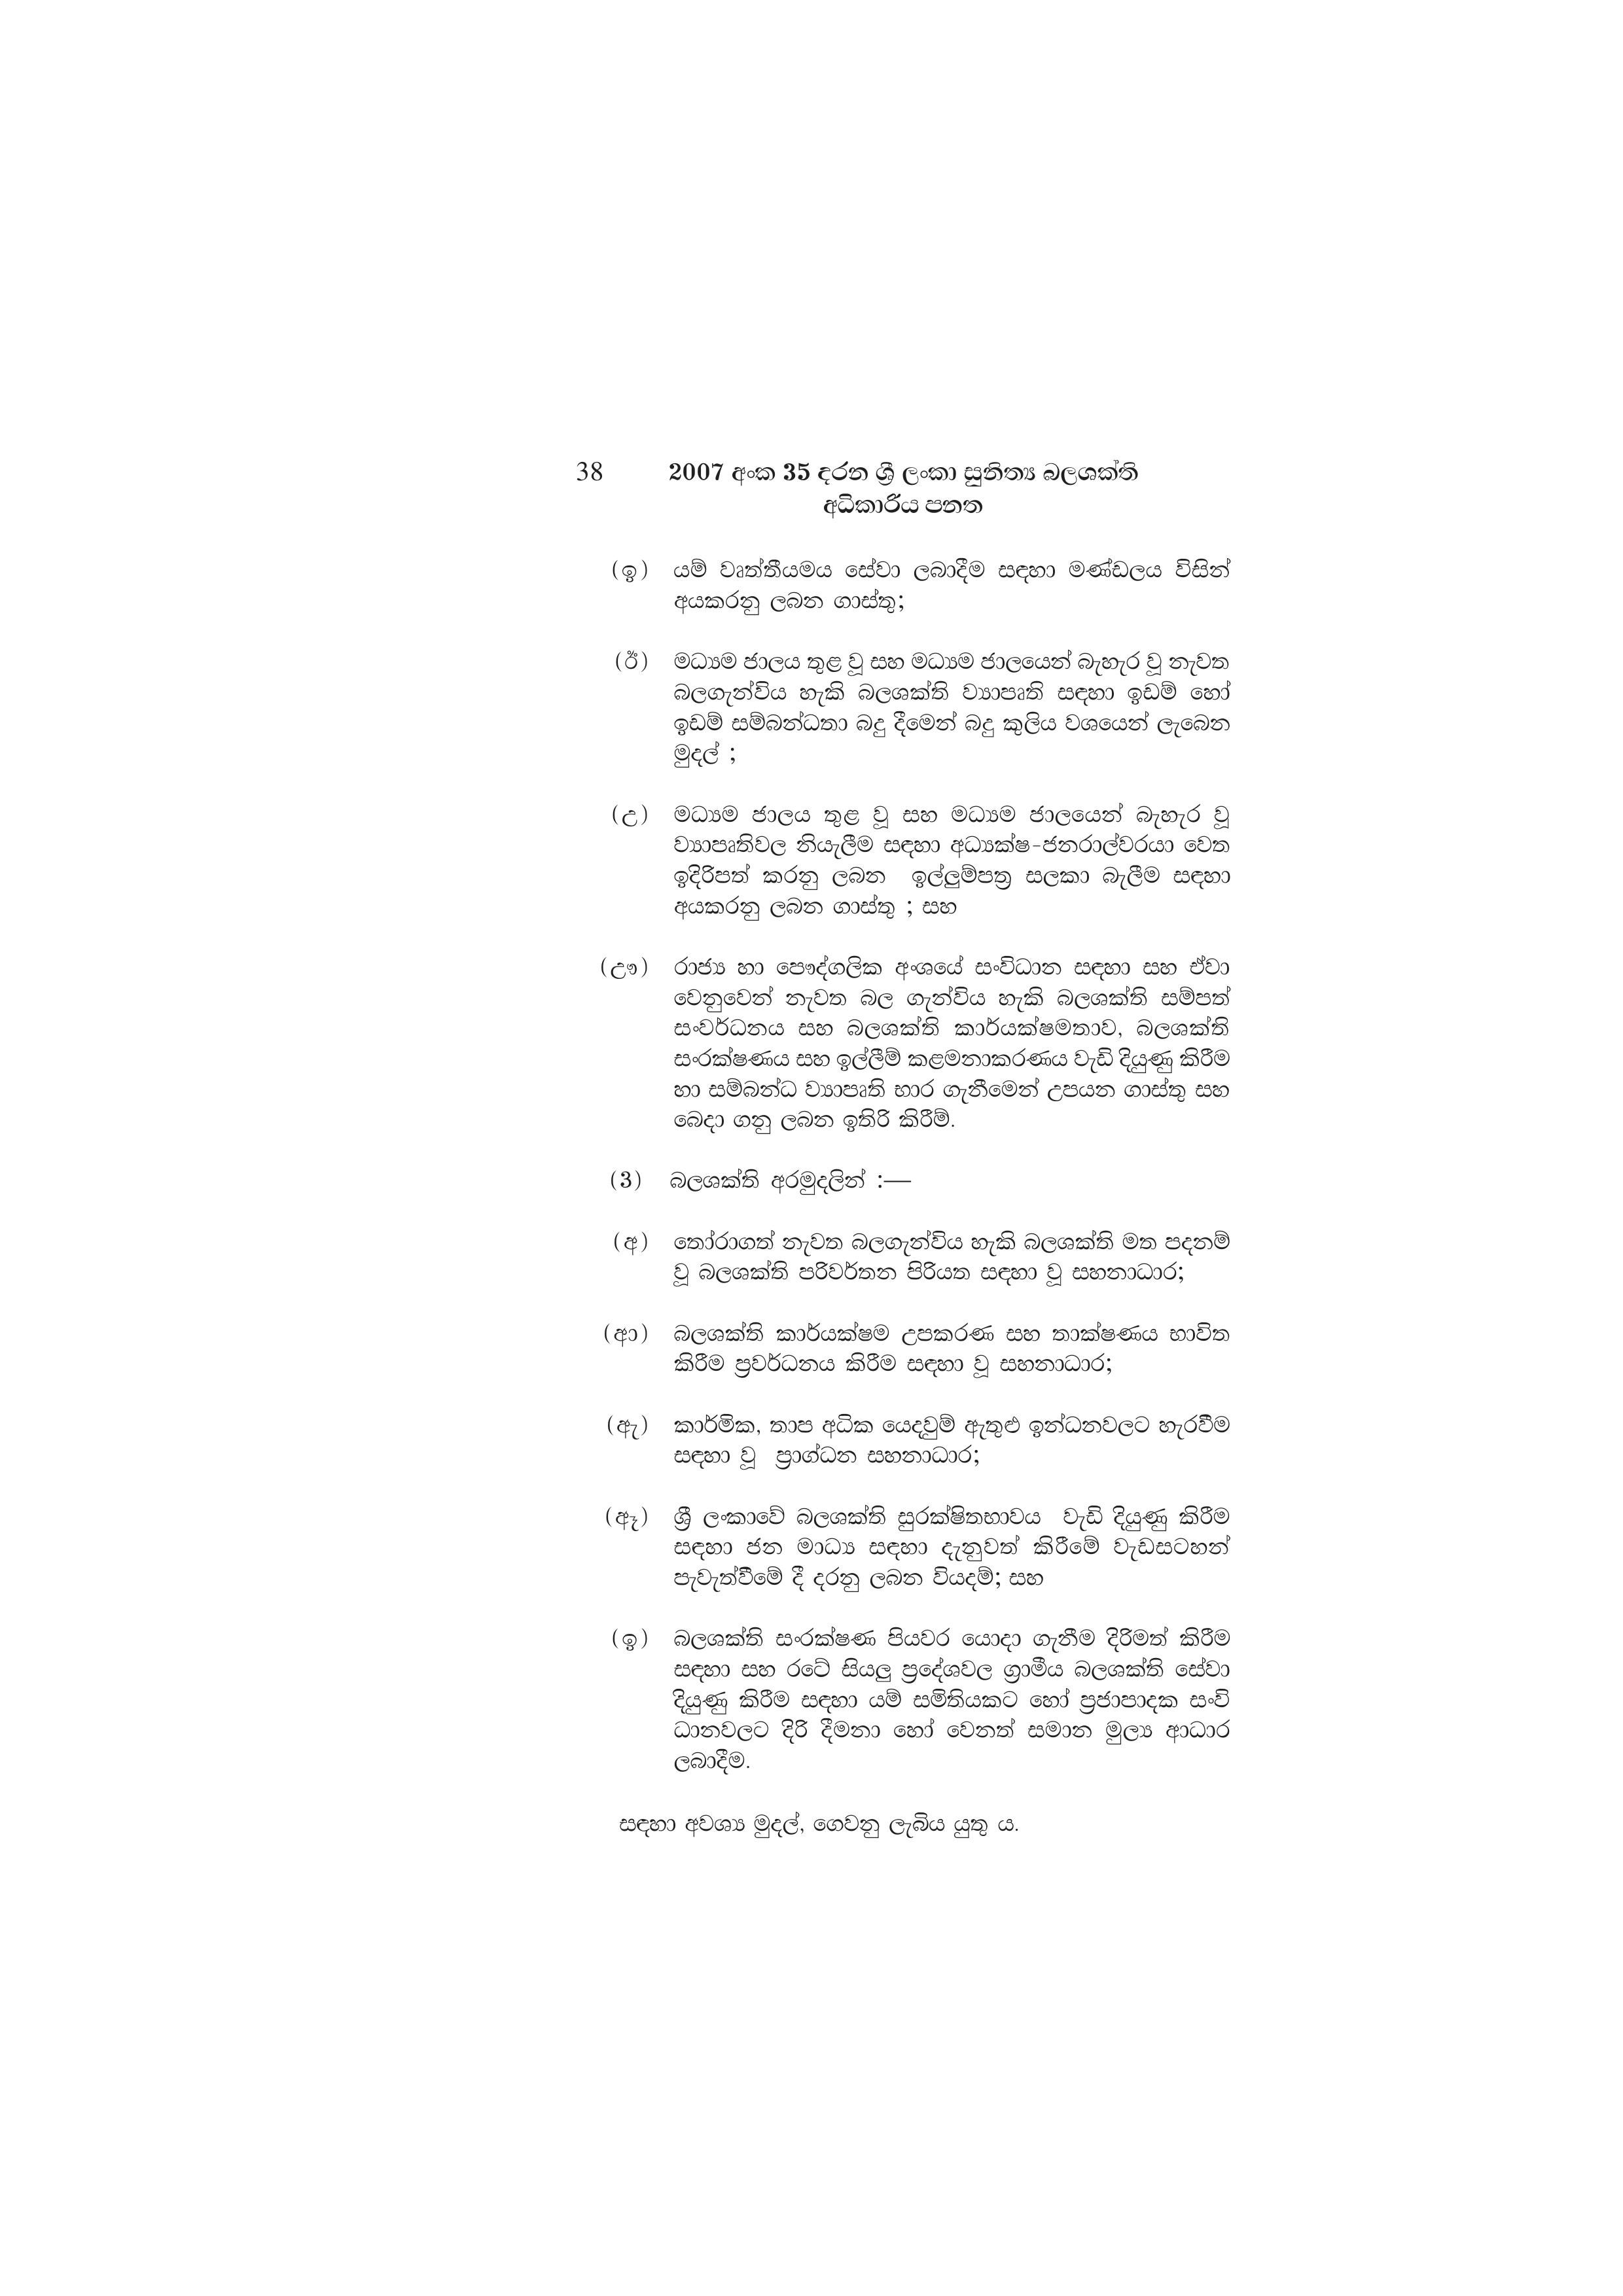
38 2007 අංක 35 දරන ශ්‍රී ලංකා සුනිත්‍ය බලශක්ති
අධිකාරිය පනත

(ඉ) යම් වෘත්තීයමය සේවා ලබාදීම සඳහා මණ්ඩලය විසින්
අයකරනු ලබන ගාස්තු;

(ඊ) මධ්‍යම ජාලය තුළ වූ සහ මධ්‍යම ජාලයෙන් බැහැර වූ නැවත
බලගැන්විය හැකි බලශක්ති ව්‍යාපෘති සඳහා ඉඩම් හෝ
ඉඩම් සම්බන්ධතා බදු දීමෙන් බදු කුලිය වශයෙන් ලැබෙන
මුදල් ;

(උ) මධ්‍යම ජාලය තුළ වූ සහ මධ්‍යම ජාලයෙන් බැහැර වූ
ව්‍යාපෘතිවල නියැලීම සඳහා අධ්‍යක්ෂ-ජනරාල්වරයා වෙත
ඉදිරිපත් කරනු ලබන ඉල්ලුම්පත්‍ර සලකා බැලීම සඳහා
අයකරනු ලබන ගාස්තු ; සහ

(ඌ) රාජ්‍ය හා පෞද්ගලික අංශයේ සංවිධාන සඳහා සහ ඒවා
වෙනුවෙන් නැවත බල ගැන්විය හැකි බලශක්ති සම්පත්
සංවර්ධනය සහ බලශක්ති කාර්යක්ෂමතාව, බලශක්ති
සංරක්ෂණය සහ ඉල්ලීම් කළමනාකරණය වැඩි දියුණු කිරීම
හා සම්බන්ධ ව්‍යාපෘති භාර ගැනීමෙන් උපයන ගාස්තු සහ
බෙදා ගනු ලබන ඉතිරි කිරීම්.

(3) බලශක්ති අරමුදලින්:-

(අ) තෝරාගත් නැවත බලගැන්විය හැකි බලශක්ති මත පදනම්
වූ බලශක්ති පරිවර්තන පිරියත සඳහා වූ සහනාධාර;

(ආ) බලශක්ති කාර්යක්ෂම උපකරණ සහ තාක්ෂණය භාවිත
කිරීම ප්‍රවර්ධනය කිරීම සඳහා වූ සහනාධාර;

(ඇ) කාර්මික, තාප අධික යෙදවුම් ඇතුළු ඉන්ධනවලට හැරවීම
සඳහා වූ ප්‍රාග්ධන සහනාධාර;

(ඈ) ශ්‍රී ලංකාවේ බලශක්ති සුරක්ෂිතභාවය වැඩි දියුණු කිරීම
සඳහා ජන මාධ්‍ය සඳහා දැනුවත් කිරීමේ වැඩසටහන්
පැවැත්වීමේ දී දරනු ලබන වියදම්; සහ

(ඉ) බලශක්ති සංරක්ෂණ පියවර යොදා ගැනීම දිරිමත් කිරීම
සඳහා සහ රටේ සියලු ප්‍රදේශවල ග්‍රාමීය බලශක්ති සේවා
දියුණු කිරීම සඳහා යම් සමිතියකට හෝ ප්‍රජාපාදක සංවි
ධානවලට දිරි දීමනා හෝ වෙනත් සමාන මුල්‍ය ආධාර
ලබාදීම.

සඳහා අවශ්‍ය මුදල්, ගෙවනු ලැබිය යුතු ය.